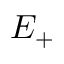
E _ { + }